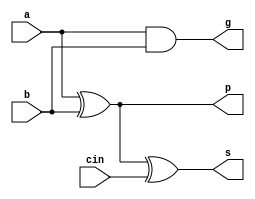
//Assignment 7
//Group 49
//Ravi Bansal 13CS30026
//Sayan Mukhopadhyay 13CS30028
`timescale 1ns / 1ps

////////////////////////////////////////////////////////////////////////////////
// Company: 
// Engineer:
//
// Design Name:   fulladder
// Module Name:   E:/FPGA/ass_7_Group_49/FA_testbench.v
// Project Name:  ass_7_Group_49
// Target Device:  
// Tool versions:  
// Description: 
//
// Verilog Test Fixture created by ISE for module: fulladder
//
// Dependencies:
// 
// Revision:
// Revision 0.01 - File Created
// Additional Comments:
// 
////////////////////////////////////////////////////////////////////////////////
//full adder module.Input bits are a and b.Input carry is cin.Output sum bit is s,propagate is p and generate is g
module fulladder(a,b,cin,s,p,g);
input a,b,cin;
output s,p,g;
assign s = a ^ b ^cin;
assign p = a^b;
assign g = a&b;
endmodule
//testbench for full adder
module full_adder_testbench;

	// Inputs
	reg a;
	reg b;
	reg cin;

	// Outputs
	wire s;
	wire p;
	wire g;

	// Instantiate the Unit Under Test (UUT)
	fulladder uut (
		.a(a), 
		.b(b), 
		.cin(cin), 
		.s(s), 
		.p(p), 
		.g(g)
	);

	initial begin
		// Initialize Inputs
		a = 0;
		b = 0;
		cin = 0;

		// Wait 100 ns for global reset to finish
		#100;
		
		// Add stimulus here

	end
	fulladder f1(a,b,cin,s,p,g);
	always #6 a =~a;
   always #3 b =~b;
   always #12 cin = ~cin;
	always @ *
	begin
	$monitor("\ta=%b\tb=%b\tcin=%b\ts=%b\tp=%b\tg=%b",a,b,cin,s,p,g);
	end
endmodule